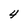
Character: 4